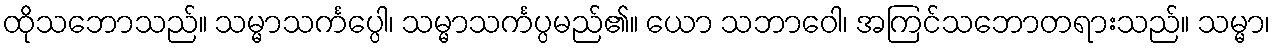
ထိုသဘောသည်။ သမ္မာသင်္ကပ္ပေါ၊ သမ္မာသင်္ကပ္ပမည်၏။ ယော သဘာဝေါ၊ အကြင်သဘောတရားသည်။ သမ္မာ၊